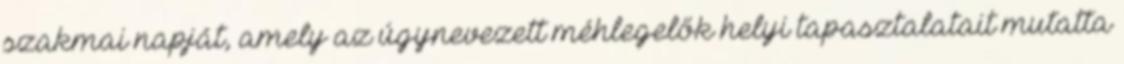
szakmai napját, amely az úgynevezett méhlegelők helyi tapasztalatait mutatta